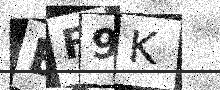
Text: BF9K